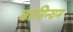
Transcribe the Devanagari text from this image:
बरमिन्घम